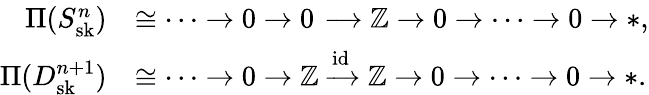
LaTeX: \begin{array}{rl}{\Pi(S_{\mathrm{sk}}^{n})}&{\cong\dots\to 0\to 0\, \xrightarrow{\, \, \, \, }\mathbb{Z}\to 0\to\dots\to 0\to*,}\\ {\Pi(D_{\mathrm{sk}}^{n+1})}&{\cong\dots\to 0\to\mathbb{Z}\xrightarrow{\mathrm{id}}\mathbb{Z}\to 0\to\dots\to 0\to*.}\end{array}